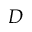
{ \cal D }